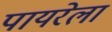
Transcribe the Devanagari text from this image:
पायरेला